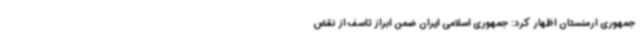
جمهوری ارمنستان اظهار کرد: جمهوری اسلامی ایران ضمن ابراز تاسف از نقض